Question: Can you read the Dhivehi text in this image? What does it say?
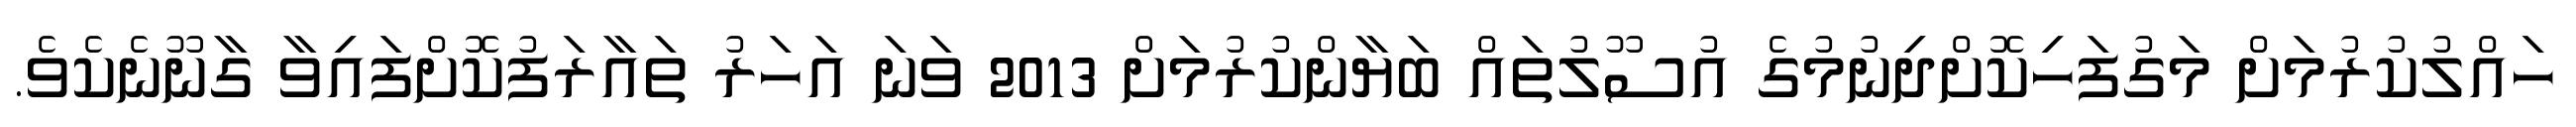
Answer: ހައްލުކުރުމަށް މަގުފަހިކޮށްދިނުމުގެ އުސޫލުތައް ބަޔާންކުރުމަށް 2013 ވަނަ އަހަރު ތައާރަފުކޮށްފައިވާ ގާނޫނެކެވެ.